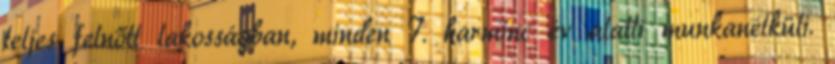
teljes felnőtt lakosságban, minden 7. harminc év alatti munkanélküli.